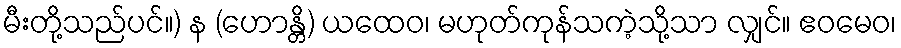
မီးတို့သည်ပင်။) န (ဟောန္တိ) ယထေဝ၊ မဟုတ်ကုန်သကဲ့သို့သာ လျှင်။ ဧဝမေဝ၊